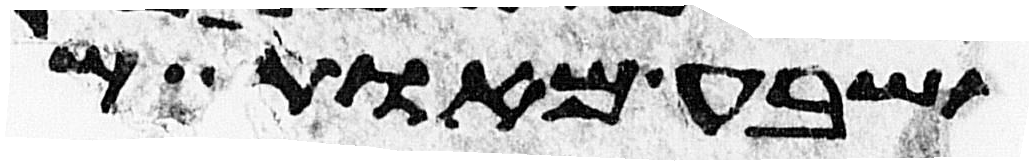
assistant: ושבע מאות